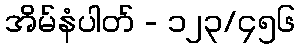
အိမ်နံပါတ် - ၁၂၃/၄၅၆